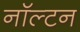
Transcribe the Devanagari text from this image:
नॉल्टन